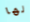
لها